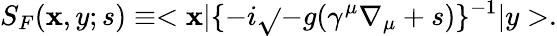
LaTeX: S_{F}(\mathbf{x},y;s)\equiv<\mathbf{x}|\{ -i\sqrt{}{{-g}}(\gamma^{\mu}\nabla_{\mu}+s)\} ^{-1}|y>.